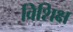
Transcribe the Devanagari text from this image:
विशिक्ष